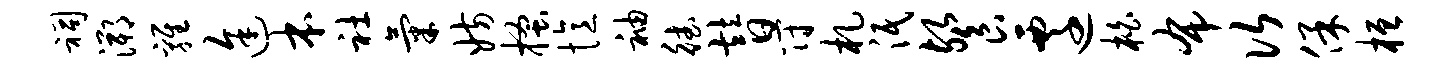
祠溯鸡途本社气妨搔忆袖德替符札泯餐迁柏布次保桓